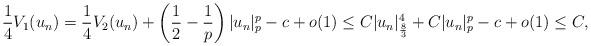
LaTeX: \begin{align*}\frac{1}{4}V_1(u_n) = \frac{1}{4}V_2(u_n) + \left(\frac{1}{2} - \frac{1}{p}\right)|u_n|^p_p -c +o(1) \leq C|u_n|^4_{\frac{8}{3}} + C|u_n|^p_p -c+o(1)\leq C,\end{align*}